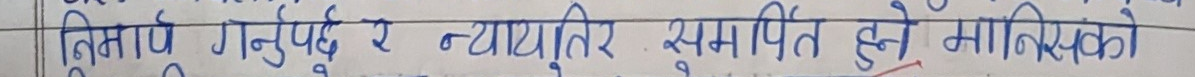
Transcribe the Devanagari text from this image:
नित्तार्थ गर्नुपर्दछ र न्यायतिर समर्पित हुने मानिसको